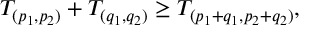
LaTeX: T _ { ( p _ { 1 } , p _ { 2 } ) } + T _ { ( q _ { 1 } , q _ { 2 } ) } \geq T _ { ( p _ { 1 } + q _ { 1 } , p _ { 2 } + q _ { 2 } ) } ,